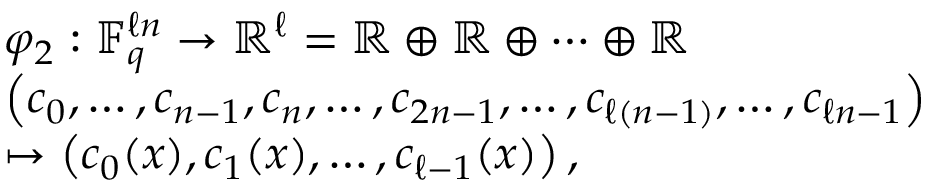
\begin{array} { r l } & { \varphi _ { 2 } : \mathbb { F } _ { q } ^ { \ell n } \rightarrow \mathbb { R } ^ { \ell } = \mathbb { R } \oplus \mathbb { R } \oplus \dots \oplus \mathbb { R } } \\ & { \left( c _ { 0 } , \ldots , c _ { n - 1 } , c _ { n } , \ldots , c _ { 2 n - 1 } , \ldots , c _ { \ell ( n - 1 ) } , \ldots , c _ { \ell n - 1 } \right) } \\ & { \mapsto \left( c _ { 0 } ( x ) , c _ { 1 } ( x ) , \ldots , c _ { \ell - 1 } ( x ) \right) , } \end{array}